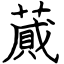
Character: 蕆